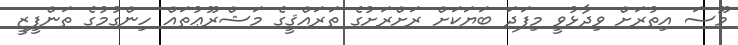
މޫސަ އިތުރަށް ވިދާޅުވީ މިފަދަ ބަޔަކަށް ރަށްރަށުގެ ތަރައްޤީގެ މަޝްރޫޢުތައް ހިންގުމުގެ ތަންފީޒީ